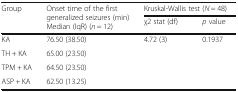
<table><thead><tr><td rowspan="2"><b>Group</b></td><td rowspan="2"><b>Onset time of the first generalized seizures (min)Median (IqR) (<i>n</i> = 12)</b></td><td colspan="2"><b>Kruskal-Wallis test (<i>N</i> = 48)</b></td></tr><tr><td><b>χ2 stat (df)</b></td><td><b><i>p</i> value</b></td></tr></thead><tbody><tr><td>KA</td><td>76.50 (38.50)</td><td rowspan="4">4.72 (3)</td><td rowspan="4">0.1937</td></tr><tr><td>TH + KA</td><td>65.00 (23.50)</td></tr><tr><td>TPM + KA</td><td>64.50 (23.50)</td></tr><tr><td>ASP + KA</td><td>62.50 (13.25)</td></tr></tbody></table>